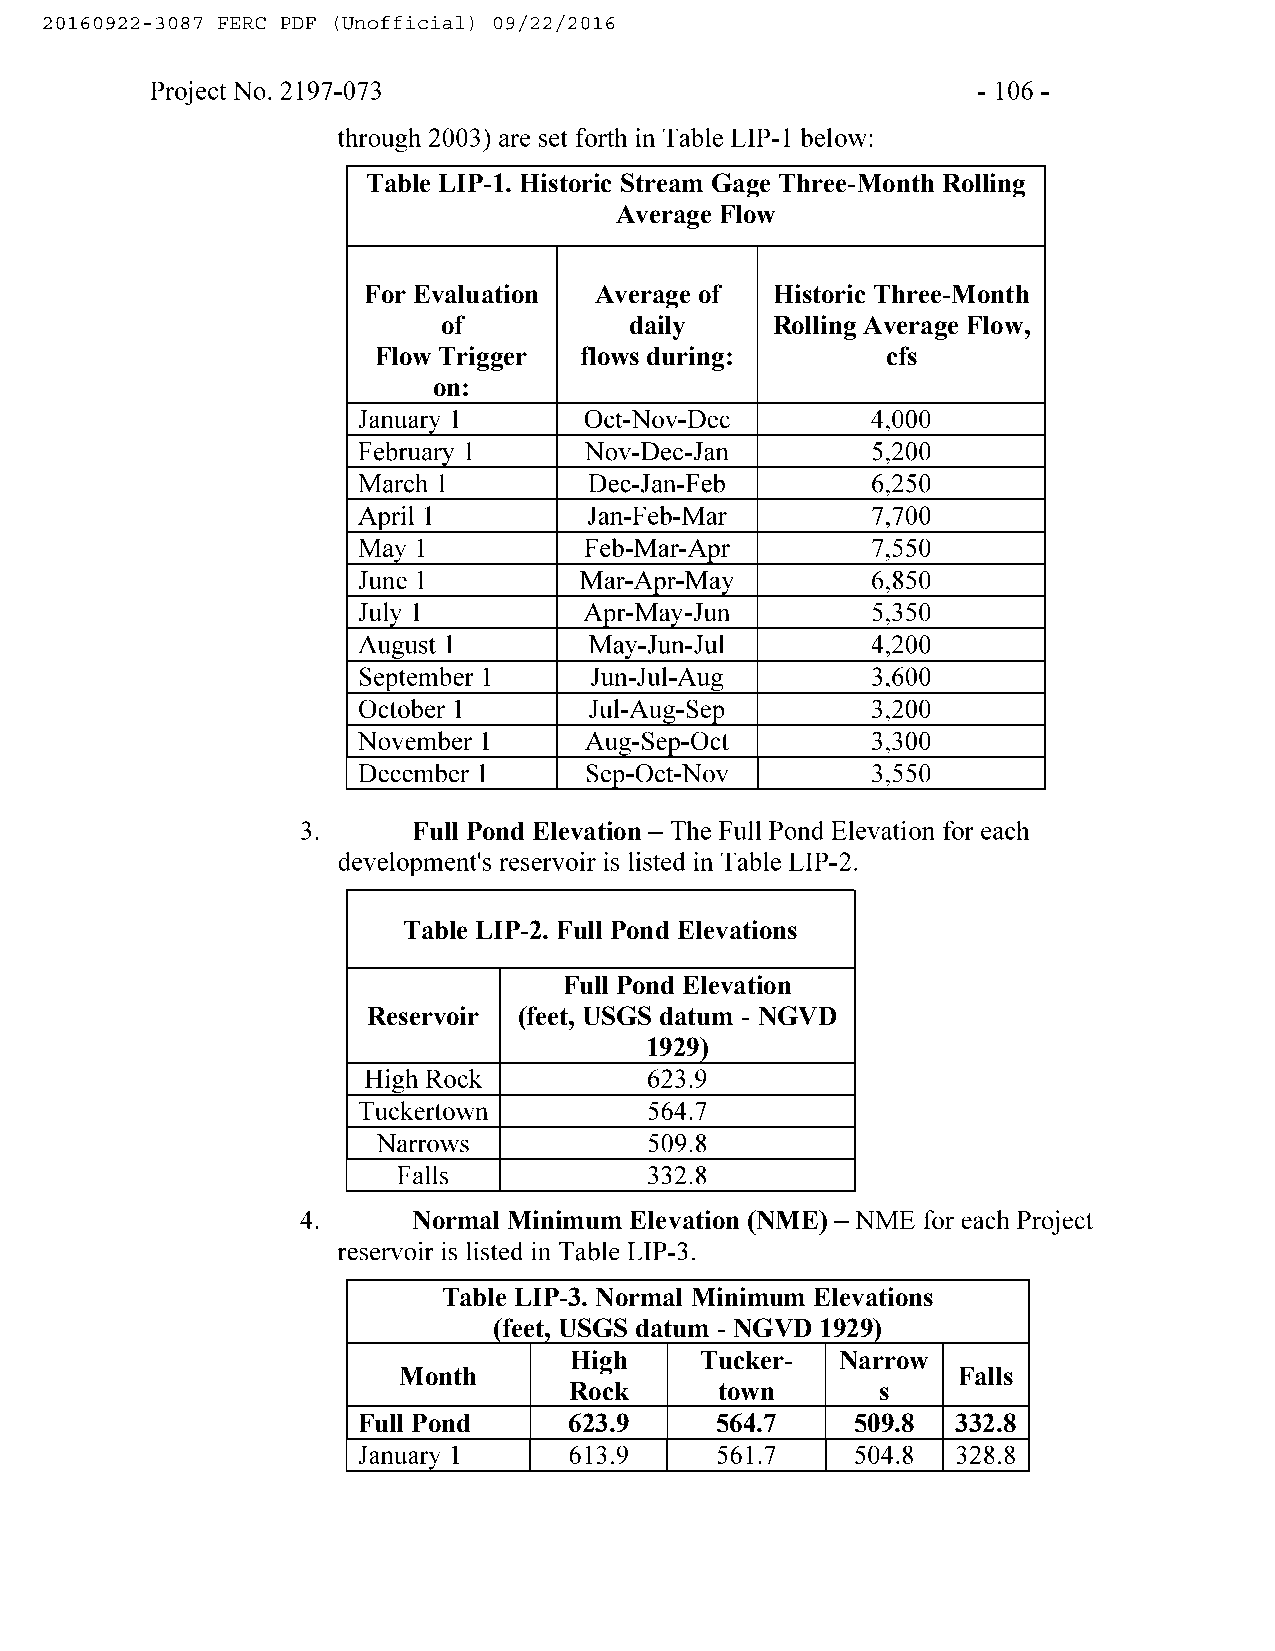
Table LIP-1. Historic Stream Gage Three-Month Rolling
 Average Flow
 For Evaluation Average of  Historic Three-Month
 of           daily    Rolling Average Flow,
 Flow Trigger flows during:        cfs
 on:
 Full Pond Elevation
 Table LIP-2. Full Pond Elevations
 Full Pond Elevation
 Reservoir (feet, USGS datum - NGVD
 1929)
 Normal Minimum Elevation (NME)
 Table LIP-3. Normal Minimum Elevations
 (feet, USGS datum - NGVD 1929)
 High    Tucker-   Narrow
 Month                                Falls
 Rock      town      s
 Full Pond     623.9    564.7     509.8 332.8